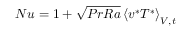
N u = 1 + \sqrt { P r R a } \left\langle v ^ { * } T ^ { * } \right\rangle _ { V , t }